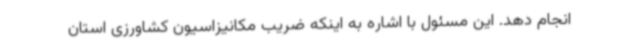
انجام دهد. این مسئول با اشاره به اینکه ضریب مکانیزاسیون کشاورزی استان